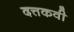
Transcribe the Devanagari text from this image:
दत्तकवी